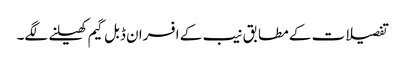
تفصیلات کے مطابق نیب کے افسران ڈبل گیم کھیلنے لگے۔